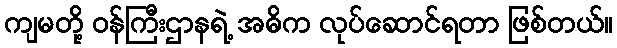
ကျမတို့ ဝန်ကြီးဌာနရဲ့ အဓိက လုပ်ဆောင်ရတာ ဖြစ်တယ်။